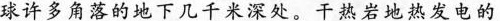
球许多角落的地下几千米深处。干热岩地热发电的